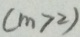
( m > 2 )